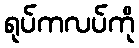
ရုပ်ကလပ်ကို